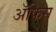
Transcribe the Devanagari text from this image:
ॲफिस